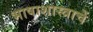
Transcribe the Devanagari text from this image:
भाषाशास्त्राचें